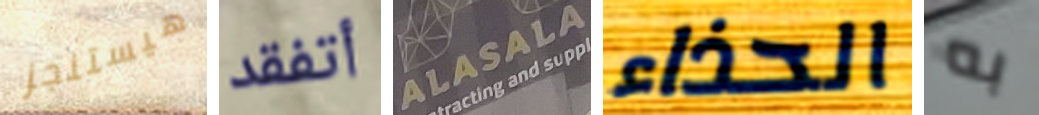
هيستنجز أتفقد ALASALA الحذاء به